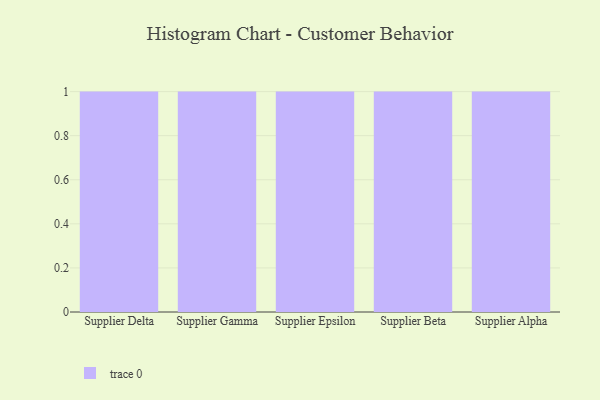
{"axis": {"x": "Supplier", "y": "Satisfaction Score"}, "legend": [""], "data": [{"x": "Supplier Delta", "y": 5, "type": ""}, {"x": "Supplier Gamma", "y": 5, "type": ""}, {"x": "Supplier Epsilon", "y": 67, "type": ""}, {"x": "Supplier Beta", "y": 69, "type": ""}, {"x": "Supplier Alpha", "y": 64, "type": ""}]}